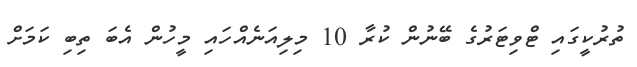
ތުރުކީގައި ޓްވިޓަރުގެ ބޭނުން ކުރާ 10 މިލިއަނެއްހައި މީހުން އެބަ ތިބި ކަމަށް